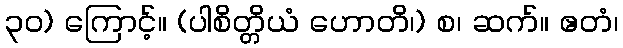
၃၀) ကြောင့်။ (ပါစိတ္တိယံ ဟောတိ၊) စ၊ ဆက်။ ဧတံ၊